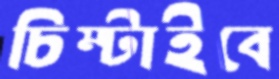
চিম্‌টাইবে